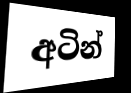
අටින්